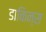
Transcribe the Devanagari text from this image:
डाकिन्स